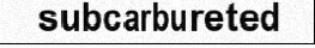
subcarbureted